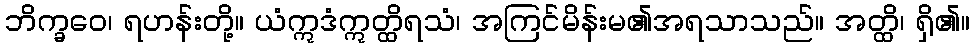
ဘိက္ခဝေ၊ ရဟန်းတို့။ ယံဣဒံဣတ္ထိရသံ၊ အကြင်မိန်းမ၏အရသာသည်။ အတ္ထိ၊ ရှိ၏။